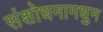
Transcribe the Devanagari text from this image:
संशोधनामधुन